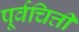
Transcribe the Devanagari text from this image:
पूर्वचित्ती